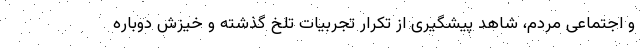
و اجتماعی مردم، شاهد پیشگیری از تکرار تجربیات تلخ گذشته و خیزش دوباره